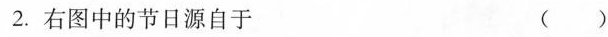
2.右图中的节日源自于 ()